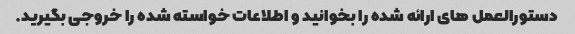
دستورالعمل های ارائه شده را بخوانید و اطلاعات خواسته شده را خروجی بگیرید.